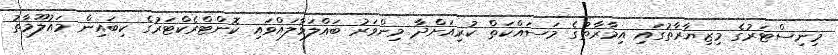
މިނިސްޓަރުގެ މިޒިޔާރާތުގައި އިމާރާތުގެ މަސައްކަތް ކުރިއަށްދާ މިންވަރު ބައްލަވާލައްވައި ކޮންޓްރެކްޓަރުގެ ކިބައިން މައުލޫމާތު